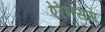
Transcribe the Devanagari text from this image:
ऐरेनेसस